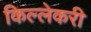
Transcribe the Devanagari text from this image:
किल्लेकरी